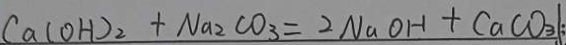
C a ( O H ) _ { 2 } + N a _ { 2 } C O _ { 3 } = 2 N a O H + C a C O _ { 3 } \vert